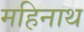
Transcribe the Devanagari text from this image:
महिनाथ